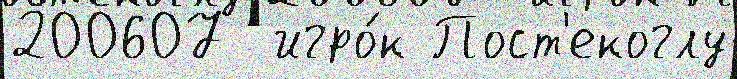
200607  игро́к Пост'екоглу